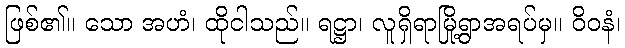
ဖြစ်၏။ သော အဟံ၊ ထိုငါသည်။ ရဋ္ဌာ၊ လူရှိရာမြို့ရွာအရပ်မှ။ ဝိဝနံ၊